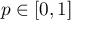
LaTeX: p \in [ 0 , 1 ]